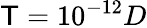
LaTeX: {\mathsf{T}=10^{-12}D}